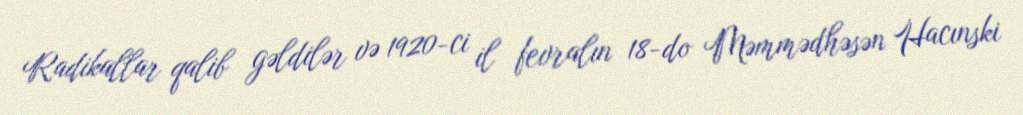
Radikallar qalib gəldilər və 1920-ci il fevralın 18-do Məmmədhəsən Hacınski